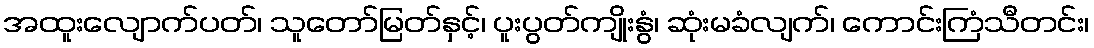
အထူးလျောက်ပတ်၊ သူတော်မြတ်နှင့်၊ ပူးပွတ်ကျိုးနွံ၊ ဆုံးမခံလျက်၊ ကောင်းကြံသီတင်း၊